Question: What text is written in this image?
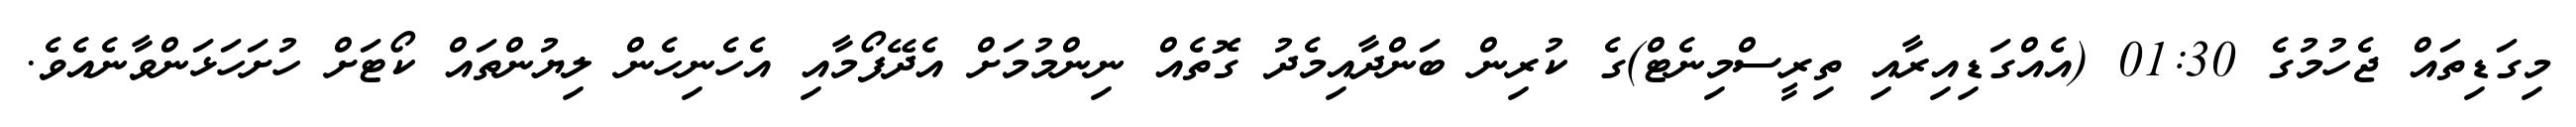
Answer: މިގަޑިތައް ޖެހުމުގެ 01:30 (އެއްގަޑިއިރާއި ތިރީސްމިނެޓް)ގެ ކުރިން ބަންދާއިމެދު ގޮތެއް ނިންމުމަށް އެދޭފޯމާއި އެހެނިހެން ލިޔުންތައް ކޯޓަށް ހުށަހަޅަންވާނެއެވެ.